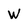
Character: W